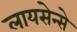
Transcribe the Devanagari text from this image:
लायसेन्से